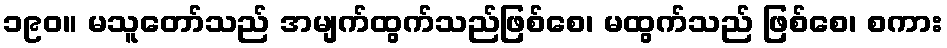
၁၉၀။ မသူတော်သည် အမျက်ထွက်သည်ဖြစ်စေ၊ မထွက်သည် ဖြစ်စေ၊ စကား